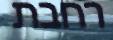
רחבת